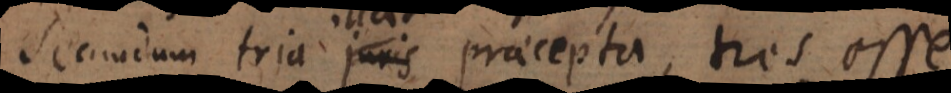
secundum tria illa praecepta, tres esse